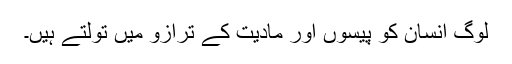
لوگ انسان کو پیسوں اور مادیت کے ترازو میں تولتے ہیں۔